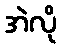
အဲလို